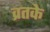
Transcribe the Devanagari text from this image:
व्रतके